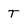
Character: T